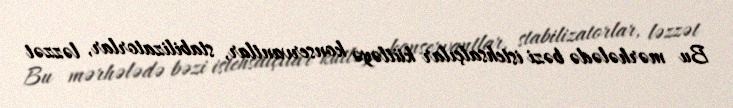
Bu mərhələdə bəzi istehsalçılar kütləyə konservantlar, stabilizatorlar, ləzzət